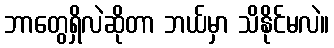
ဘာတွေရှိလဲဆိုတာ ဘယ်မှာ သိနိုင်မလဲ။